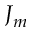
J _ { m }